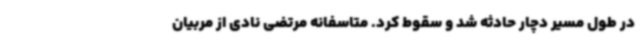
در طول مسیر دچار حادثه شد و سقوط کرد. متاسفانه مرتضی نادی از مربیان